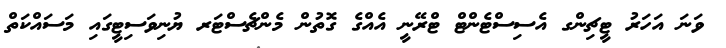
ވަނަ އަހަރު ޓީޗިންގ އެސިސްޓެންޓް ޓްރޭނީ އެއްގެ ގޮތުން މެންޗެސްޓަރ ޔުނިވަސިޓީގައި މަސައްކަތް